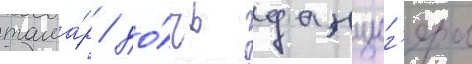
тама́р / до́чь данциг'ера